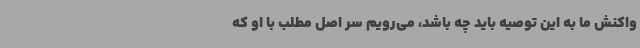
واکنش ما به این توصیه باید چه باشد، می‌رویم سر اصل مطلب با او که